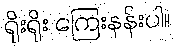
ရိုးရိုး ကြေးနန်းပါ။